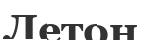
Летон